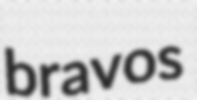
bravos